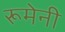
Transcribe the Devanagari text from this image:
रूमेनी